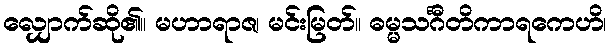
လျှောက်ဆို၏။ မဟာရာဇ၊ မင်းမြတ်။ ဓမ္မသင်္ဂီတိကာရကေဟိ၊